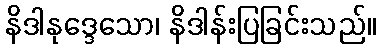
နိဒါနုဒ္ဒေသော၊ နိဒါန်းပြခြင်းသည်။